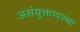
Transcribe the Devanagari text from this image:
असंयुक्तावस्था